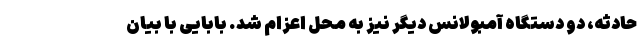
حادثه، دو دستگاه آمبولانس دیگر نیز به محل اعزام شد. بابایی با بیان